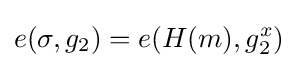
e(\sigma ,g_{2})=e(H(m),g_{2}^{x})